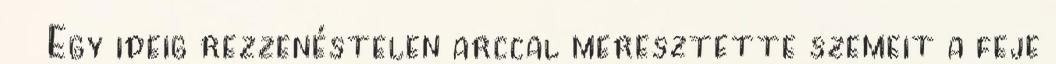
Egy ideig rezzenéstelen arccal meresztette szemeit a feje